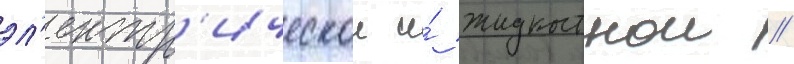
эл'ектр'ическои и́ жидкостнои //